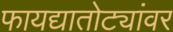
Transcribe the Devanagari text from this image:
फायद्यातोट्यांवर